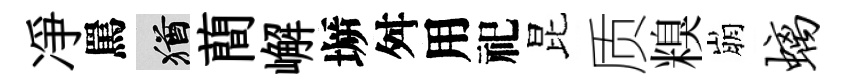
凈罵酒蕳嶰󶱲舛用祀昆质糗崩螭